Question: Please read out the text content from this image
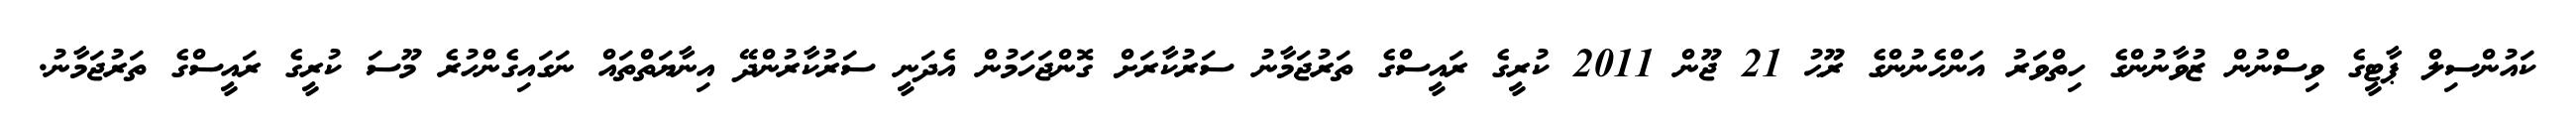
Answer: ކައުންސިލް ޕާޓީގެ ވިސްނުން ޒުވާނުންގެ ހިތްވަރު އަންހެނުންގެ ރޫޙު 21 ޖޫން 2011 ކުރީގެ ރައީސްގެ ތަރުޖަމާނު ސަރުކާރަށް ގޮންޖަހަމުން އެދަނީ ސަރުކާރުންދޭ އިނާޔަތްތައް ނަގައިގެންހުރެ މޫސަ ކުރީގެ ރައީސްގެ ތަރުޖަމާނު.